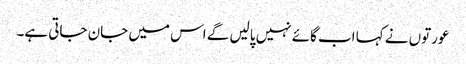
عورتوں نے کہا اب گائے نہیں پالیں گے اس میں جان جاتی ہے۔